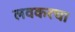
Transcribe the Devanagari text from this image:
लवकरचा